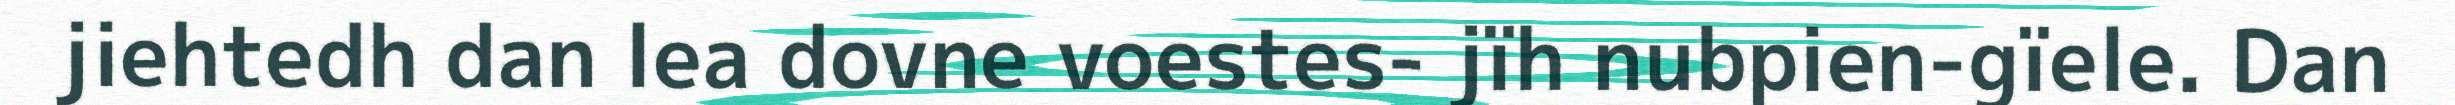
jiehtedh dan lea dovne voestes- jïh nubpien-gïele. Dan